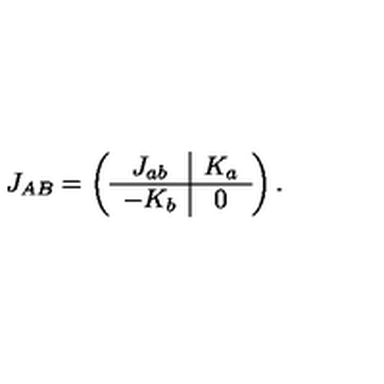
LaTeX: J _ { A B } = \left( \begin{array} { c | c } { J _ { a b } } & { K _ { a } } \\ \hline { - K _ { b } } & { 0 } \\ \end{array} \right) .